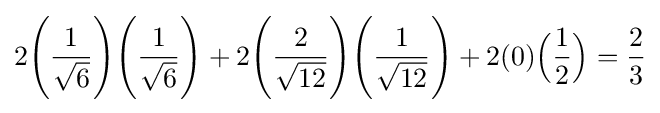
2{\Bigg (}{\frac {1}{\sqrt {6}}}{\Bigg )}{\Bigg (}{\frac {1}{\sqrt {6}}}{\Bigg )}+2{\Bigg (}{\frac {2}{\sqrt {12}}}{\Bigg )}{\Bigg (}{\frac {1}{\sqrt {12}}}{\Bigg )}+2(0){\Big (}{\frac {1}{2}}{\Big )}={\frac {2}{3}}